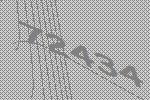
72434